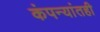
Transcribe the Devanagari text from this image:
कंपन्यांतही